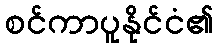
စင်ကာပူနိုင်ငံ၏